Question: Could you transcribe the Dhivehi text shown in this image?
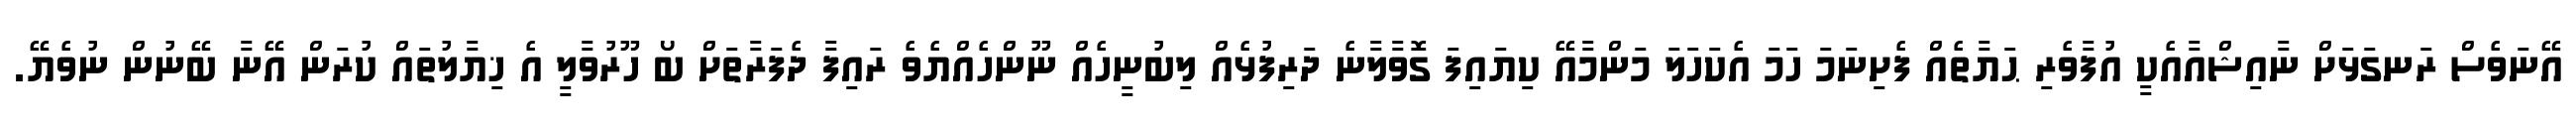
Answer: އޭނަވެސް ރަނގަޅަށް ނާއިޝްއާއެކީ އުފާވެރި ޙަޔާތެއް ފެށިނަމަ ހަމަ އެކަހަލަ މަންމާއޭ ކިޔައިފަ ގޮވާލާނެ ދަރިފުޅެއް ލިބުނީހެއް ނޫންހެއްޔެވެ ރައިފާ ދެފަރާތަށް ބޯ ހޫރުވާލީ އެ ޚިޔާލުތައް ކުރަން އޭނާ ބޭނުން ނުވެޔޭ.